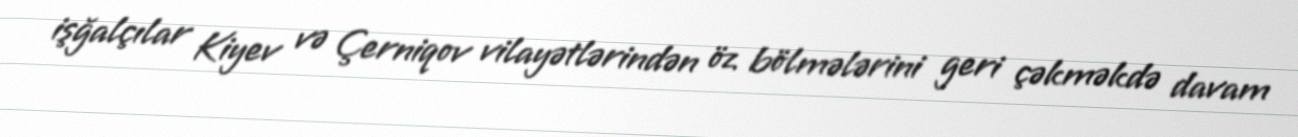
işğalçılar Kiyev və Çerniqov vilayətlərindən öz bölmələrini geri çəkməkdə davam